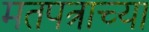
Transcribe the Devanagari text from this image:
मतपत्राच्या